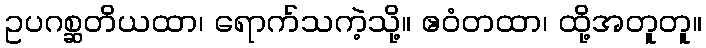
ဥပဂစ္ဆတိယထာ၊ ရောက်သကဲ့သို့။ ဧဝံတထာ၊ ထို့အတူတူ။